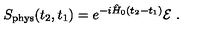
S _ { \mathrm { p h y s } } ( t _ { 2 } , t _ { 1 } ) = e ^ { - i \hat { H } _ { 0 } ( t _ { 2 } - t _ { 1 } ) } { \cal E } \ .